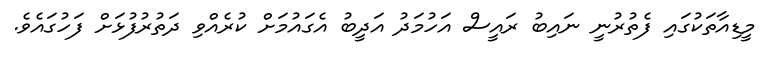
މީޑިއާތަކުގައި ފެތުރުނީ ނައިބު ރައީސް އަހުމަދު އަދީބު އެގައުމަށް ކުރެއްވި ދަތުރުފުޅަށް ފަހުގައެވެ.